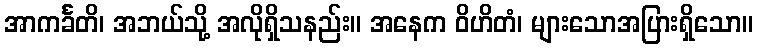
အာကင်္ခတိ၊ အဘယ်သို့ အလိုရှိသနည်း။ အနေက ဝိဟိတံ၊ များသောအပြားရှိသော။